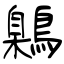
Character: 鷍